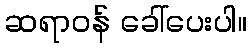
ဆရာဝန် ခေါ်ပေးပါ။